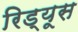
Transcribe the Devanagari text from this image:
रिड्यूस